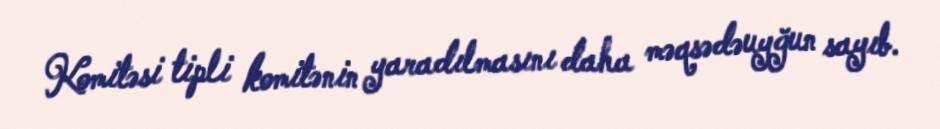
Komitəsi tipli komitənin yaradılmasını daha məqsədəuyğun sayıb.